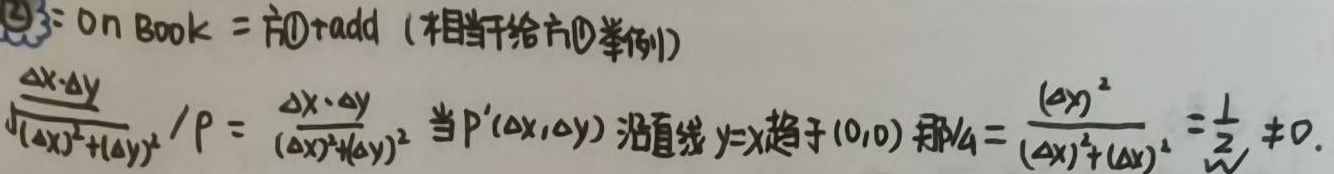
\textcircled{2}：On Book = 方\textcircled{1}radd（相当于给方\textcircled{1}举例）$\frac{\Delta x\cdot\Delta y}{\sqrt{(\Delta x)^{2}+(\Delta y)^{2}}}/\rho=\frac{\Delta x\cdot\Delta y}{(\Delta x)^{2}+(\Delta y)^{2}}$。当$P'(\Delta x,\Delta y)$沿直线$y = x$趋于$(0,0)$，那么$=\frac{(\Delta x)^{2}}{(\Delta x)^{2}+(\Delta x)^{2}}=\frac{1}{2}\neq0$。